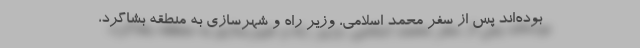
بوده‌اند پس از سفر محمد اسلامی، وزیر راه و شهرسازی به منطقه بشاگرد،